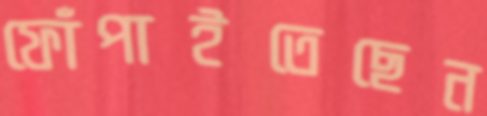
ফোঁপাইতেছেন